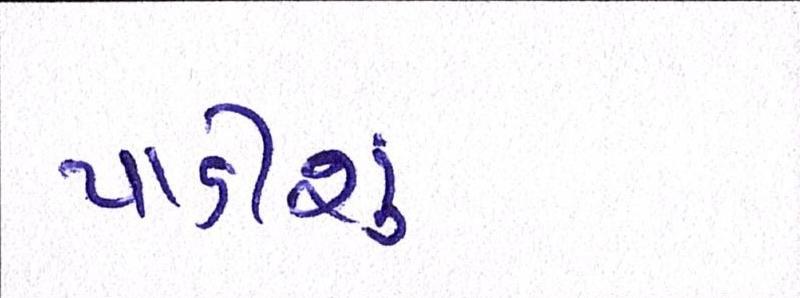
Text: પાડીશું